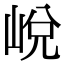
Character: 㟋